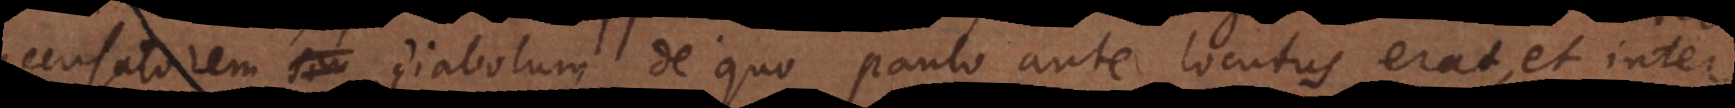
accusatorem diabolum de quo paulo ante locutus erat, et inter